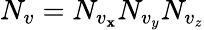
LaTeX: N_{v}=N_{v_{\mathbf{x}}}N_{v_{y}}N_{v_{z}}